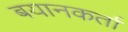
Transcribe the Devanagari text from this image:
बयानकर्ता